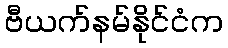
ဗီယက်နမ်နိုင်ငံက